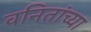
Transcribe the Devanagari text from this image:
वनितांच्या